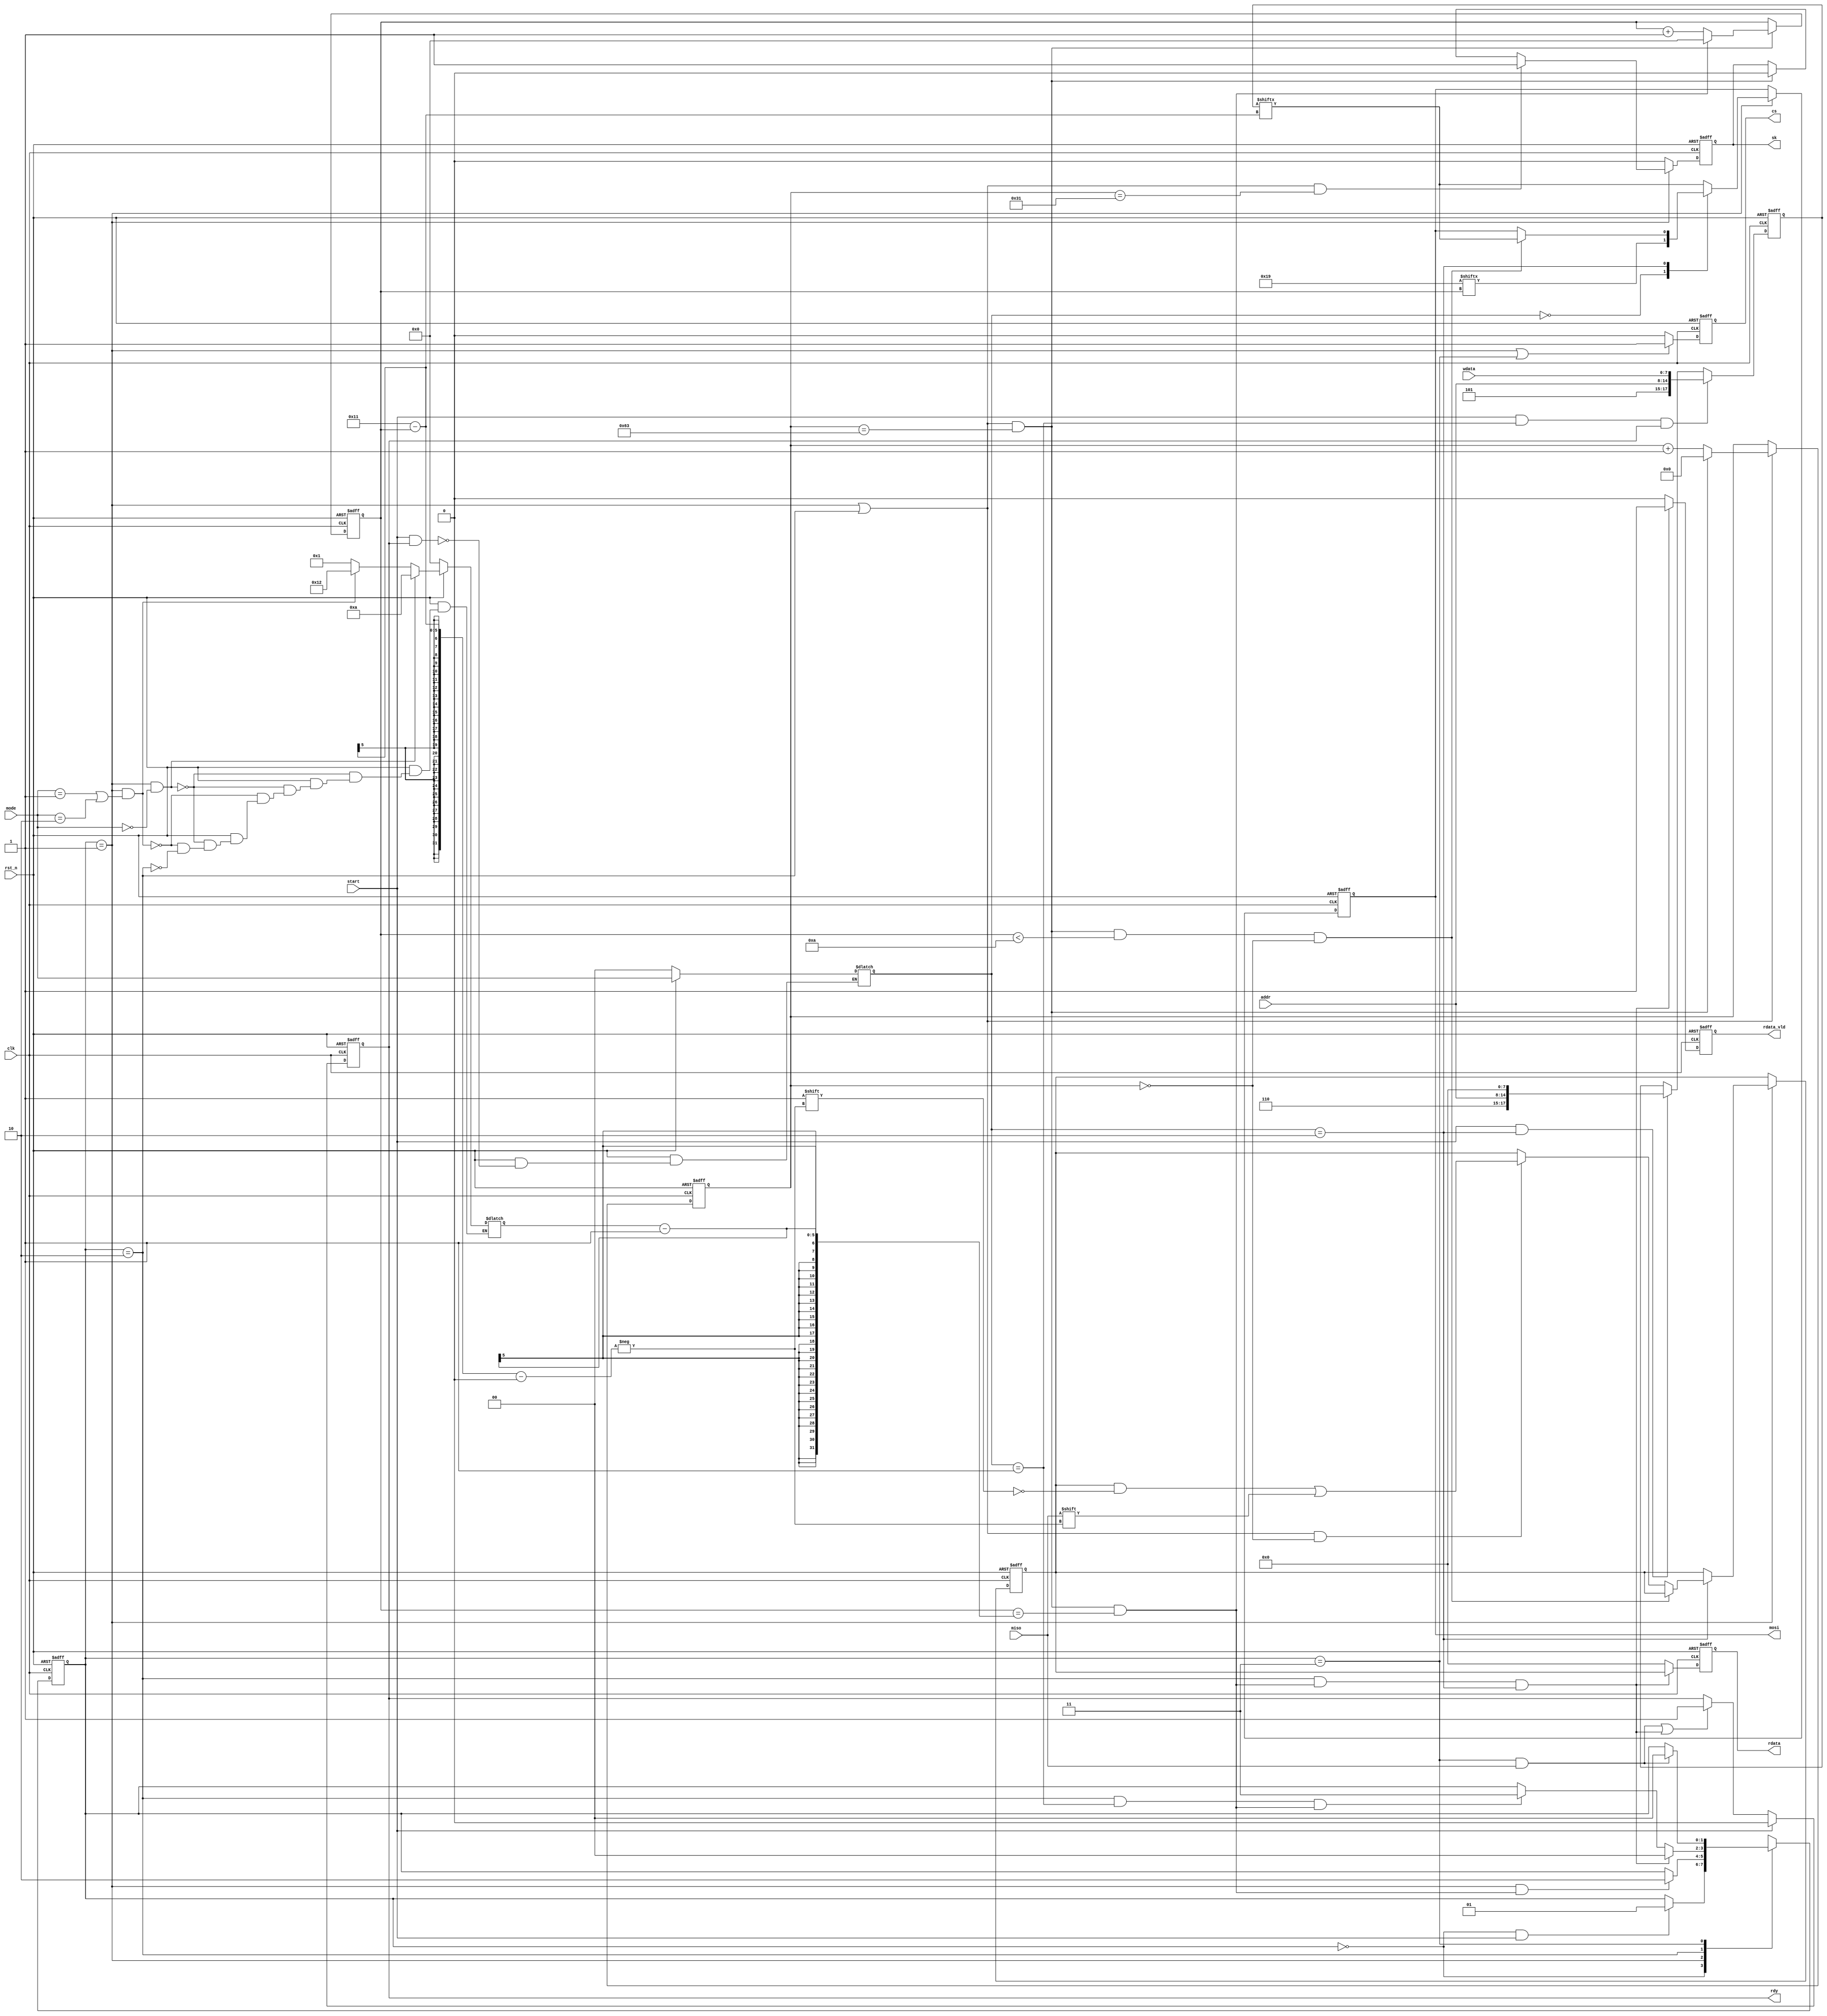
module spi(
    clk,           //100MHz
    rst_n,
    start,
    mode,
    addr,
    wdata,
    rdy,
    rdata,
    rdata_vld,
    cs,
    sk,
    miso,
    mosi
);

//
parameter IDLE = 2'b00;
parameter WR_RD = 2'b01;
parameter TCS = 2'b10;
parameter DO = 2'b11;
parameter END_CNT = 100;  //100MHz1001MHzspi

parameter EWEN = 2'b00;
parameter WRITE = 2'b01;
parameter READ = 2'b10;

parameter EWEN_CONSTANT = 10'b00000_11001;


//
input clk;
input rst_n;
input start;
input[1:0] mode;
input[6:0] addr;
input[7:0] wdata;
output reg rdy;
output reg[7:0] rdata;
output reg rdata_vld;
output reg cs;
output reg sk;
output reg mosi;
input  miso;


//
reg[1:0] state_c;
reg[1:0] state_n;
wire IDLE2WRRD_start;
wire WRRD2TCS_start;
wire TCS2DO_start;
wire DO2IDLE_start;
wire TCS2IDLE_start;
reg[6:0] cnt;
wire add_cnt;
wire end_cnt;
reg[4:0] cnt1;
wire add_cnt1;
wire end_cnt1;
reg[4:0] x;
reg[17:0] data_reg;       // 
reg[7:0] rdata_reg;       //miso
reg[1:0] mode_reg;

//

always@(posedge clk or negedge rst_n)
begin
    if(!rst_n)
        state_c <= IDLE;
    else 
        state_c <= state_n; 
end

always@(*)
begin
    case(state_c)
        IDLE:
            if(IDLE2WRRD_start)
                state_n <= WR_RD;
            else    
                state_n <= state_c;
        WR_RD:
            if(WRRD2TCS_start)
                state_n <= TCS;
            else    
                state_n <= state_c;
        TCS:
        begin
            if(TCS2IDLE_start)
                state_n <= IDLE;
            else if(TCS2DO_start)
                state_n <= DO;
            else    
                state_n <= state_c;
        end
        DO:
            if(DO2IDLE_start)
                state_n <= IDLE;
            else    
                state_n <= state_c;
        default: 
                state_n <= IDLE;

    endcase
end

assign IDLE2WRRD_start = state_c == IDLE && start == 1'b1;
assign WRRD2TCS_start = state_c == WR_RD && end_cnt1;
assign TCS2DO_start = state_c == TCS && mode_reg == WRITE && end_cnt1;
assign DO2IDLE_start = state_c == DO && miso == 1'b1;
assign TCS2IDLE_start = state_c == TCS && end_cnt1 && mode_reg == READ;

always@(posedge clk or negedge rst_n)          //1MHz
begin
    if(!rst_n)
        cnt <= 0;
    else if(add_cnt)
        begin
            if(end_cnt)
                cnt <= 0;
            else 
                cnt <= cnt +1'b1; 
        end 
end

assign add_cnt = (state_c == WR_RD) || (state_c == TCS);
assign end_cnt = add_cnt && (cnt == END_CNT-1);

always@(posedge clk or negedge rst_n)         //cs sk
begin
    if(!rst_n)
        cnt1 <= 0;
    else if(add_cnt1)
        begin
            if(end_cnt1)
                cnt1 <= 0;
            else 
                cnt1 <= cnt1 +1'b1; 
        end 
end

assign add_cnt1 = end_cnt;
assign end_cnt1 = add_cnt1 && (cnt1 == x-1);  //xreadwriteEWENsk

always@(*)
begin
    if(!rst_n)
        x = 0;
    else if(state_c == WR_RD &&(mode == EWEN)) 
        x = 10;
    else if(state_c == WR_RD && (mode == WRITE || mode == READ))
        x = 18;
    else if(state_c == TCS)
        x = 1;
    else 
        x = x;
end

always@(posedge clk or negedge rst_n)
begin
    if(!rst_n)
        rdy <= 1'b1;
    else if(start == 1'b1)
        rdy <= 1'b0;
    else if(DO2IDLE_start || TCS2IDLE_start)
        rdy <= 1'b1;
end

always@(posedge clk or negedge rst_n)
begin
    if(!rst_n)
        cs <= 1'b0;
    else if(state_c == WR_RD || state_c == DO)
        cs <= 1'b1;
    else
        cs <= 1'b0;
end

always@(posedge clk or negedge rst_n)
begin
    if(!rst_n)
        sk <= 1'b0;
    else if(state_c == WR_RD)
        begin
            if(add_cnt && cnt == 50-1)
                sk <= 1'b1;
            else if(end_cnt)
                sk <= 1'b0;
        end
    else
        sk <= 1'b0;
end

always@(posedge clk or negedge rst_n)
begin
    if(!rst_n)
        begin
            data_reg <= 18'b0;
        end
    else if(start && mode_reg == WRITE && rdy == 1'b1)
        begin
            data_reg <= {3'b101,addr,wdata};
        end
    else if(start && mode_reg == READ)
        begin
            data_reg <= {3'b110,addr,8'b0};
        end
    else 
        data_reg <= data_reg;
end

always@(*)
begin
    if(!rst_n)
        mode_reg = 2'b0;
    else if(start == 1'b1 && rdy == 1'b1)
        mode_reg =mode;
end

always@(posedge clk or negedge rst_n)
begin
    if(!rst_n)
    begin
        mosi <= 1'b0;
        rdata_reg <= 0;
    end
    else if(state_c == WR_RD)
    begin
        case(mode_reg)
            EWEN:
                begin
                    mosi <= EWEN_CONSTANT[cnt1];
                end
            WRITE:
                mosi <= data_reg[17-cnt1];
            READ:
                begin
                    if(add_cnt1 && cnt1 < 10 && cnt == 0)
                        mosi <= data_reg[17-cnt1];
                    else if(add_cnt && cnt == 0)
                        rdata_reg[17-cnt1] <= miso;
                end
            default:
                mosi <= data_reg[17-cnt1];
    endcase
    end 
end

always@(posedge clk or negedge rst_n)
begin
    if(!rst_n)
    begin
        rdata <= 0;
        rdata_vld <= 1'b0;
    end
    else if(TCS2IDLE_start)
    begin
        rdata <= rdata_reg;
        rdata_vld <= 1'b1;        
    end
    else
        begin
            rdata <= 0;
            rdata_vld <= 1'b0;
        end
end


endmodule